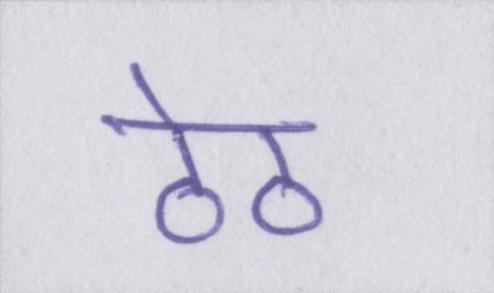
ठेठ